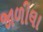
જાળીલા